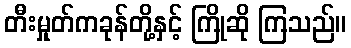
တီးမှုတ်ကခုန်တို့နှင့် ကြိုဆို ကြသည်။